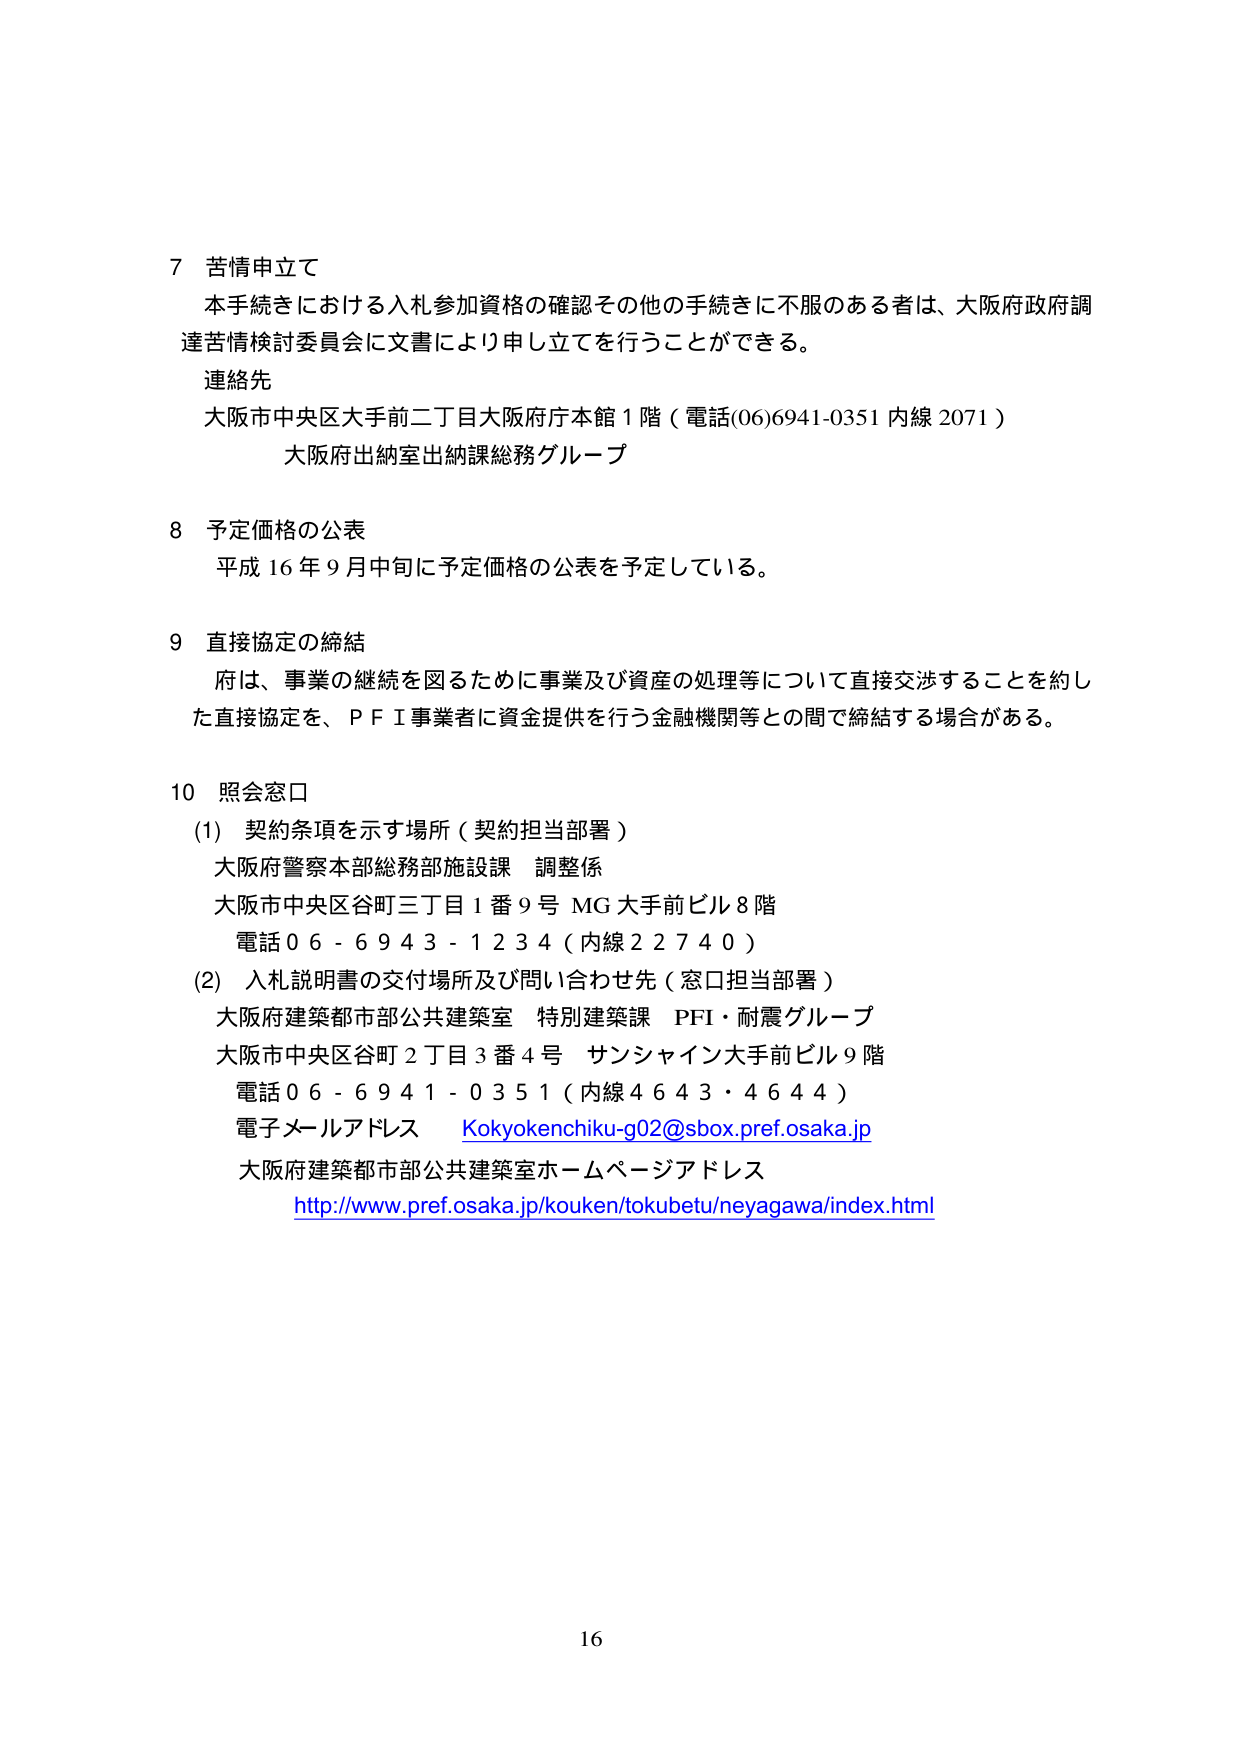
7 苦情申立て
本手続きにおける入札参加資格の確認その他の手続きに不服のある者は、大阪府政府調達苦情検討委員会に文書により申し立てを行うことができる。
連絡先
大阪市中央区大手前二丁目大阪府庁本館1階（電話(06)6941-0351 内線2071）
大阪府出納室出納課総務グループ

8 予定価格の公表
平成16年9月中旬に予定価格の公表を予定している。

9 直接協定の締結
府は、事業の継続を図るために事業及び資産の処理等について直接交渉することを約した直接協定を、ＰＦＩ事業者に資金提供を行う金融機関等との間で締結する場合がある。

10 照会窓口
(1) 契約条項を示す場所（契約担当部署）
大阪府警察本部総務部施設課 調整係
大阪市中央区谷町三丁目1番9号 MG大手前ビル8階
電話06-6943-1234（内線22740）
(2) 入札説明書の交付場所及び問い合わせ先（窓口担当部署）
大阪府建築都市部公共建築室 特別建築課 PFI・耐震グループ
大阪市中央区谷町2丁目3番4号 サンシャイン大手前ビル9階
電話06-6941-0351（内線4643・4644）
電子メールアドレス Kokyokenchiku-g02@sbox.pref.osaka.jp
大阪府建築都市部公共建築室ホームページアドレス
http://www.pref.osaka.jp/kouken/tokubetu/neyagawa/index.html

16